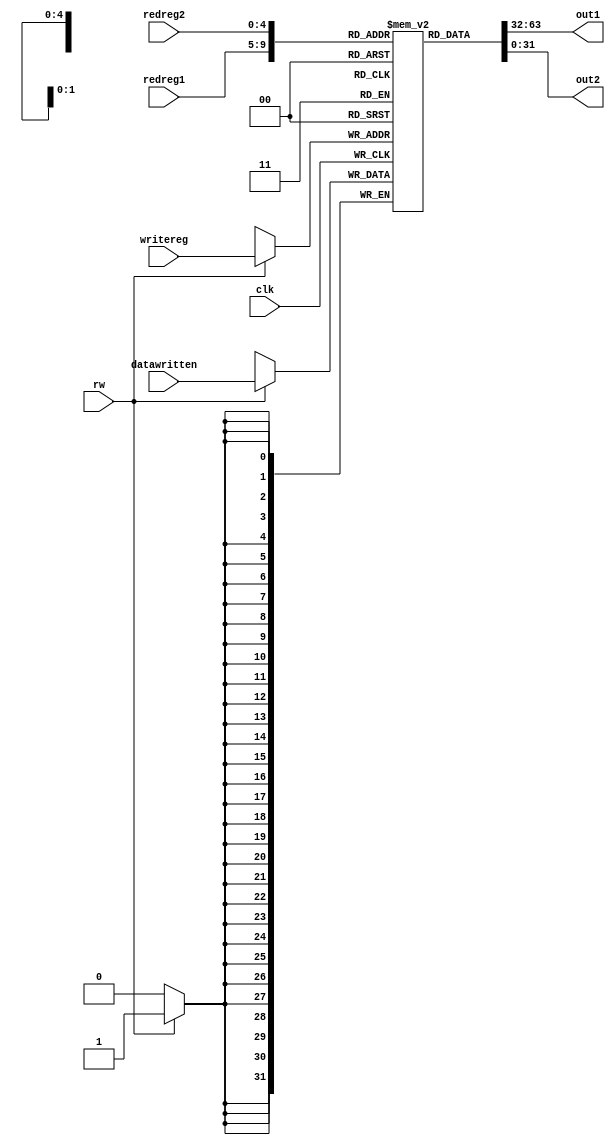
module RegisterFile(rw,redreg1,redreg2,out1,out2,writereg,datawritten,clk);

input rw;  	
input [4:0] redreg1;	
input [4:0] redreg2;	
output [31:0] out1;	
output [31:0] out2;	
input [4:0] writereg;	
input [31:0] datawritten;	


input clk;

reg [31:0] regmem [31:0];

initial begin
	regmem[0] = 32'b00000000000000000000000000000010;		
        regmem[1] = 32'b00000000000000000000000000000001;
        regmem[2] = 32'b00000000000000000000000000001000;
        regmem[3] = 32'b00000000000000000000000000000110;
        regmem[4] = 32'b00000000000000000000000001000000;
        regmem[5] = 32'b00000000000000000000000000100000;
        regmem[6] = 32'b00000000000000000000000000010000;
        regmem[7] = 32'b00000000000000000000001000000000;
        regmem[8] = 32'b00000000000000000000000010000000;
        regmem[9] = 32'b00000000000000000000000000000101;
        regmem[10] = 32'b00000000000000000000000000000110;
        regmem[11] = 32'b00000000000000000000000100000000;
        regmem[12] = 32'b00000000000000000000000000010010;
        regmem[13] = 32'b00000000000000000000000010100000;
        regmem[14] = 32'b00000000000000000000000000111000;
        regmem[15] = 32'b00000000000000000000011001000000;
        regmem[16] = 32'b00000000000000000000000000100000;
        regmem[17] = 32'b00000000000000000000000000010000;
        regmem[18] = 32'b00000000000000000000000010100000;
        regmem[19] = 32'b00000000000000000000000001000000;
        regmem[20] = 32'b00000000000000000000000101000000;
        regmem[21] = 32'b00000000000000000010000000000000;
        regmem[22] = 32'b00000000000000000001000000000000;
        regmem[23] = 32'b00000000000000000000100000000000;
        regmem[24] = 32'b00000000000000001000000100000000;
        regmem[25] = 32'b00000000000000001100100000000000;
        regmem[26] = 32'b00000000000000000000000100000000;
        regmem[27] = 32'b00000000000000000100100000000000;
        regmem[28] = 32'b00000000000000000000100001000000;
        regmem[29] = 32'b00000000000000000000000100010000;
        regmem[30] = 32'b00000000000010100010000000000000;
        regmem[31] = 32'b00000000000000010000100101100000;

	end

		assign out1 = regmem[redreg1];
		assign out2 = regmem[redreg2];

	
	always@ (negedge clk)
	begin
		if(rw==1'b1)
		begin
		 regmem[writereg] = datawritten;
		end
	end

endmodule